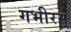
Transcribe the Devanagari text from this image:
गभीरम्